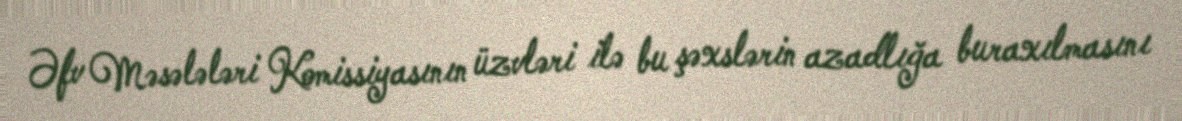
Əfv Məsələləri Komissiyasının üzvləri ilə bu şəxslərin azadlığa buraxılmasını